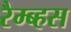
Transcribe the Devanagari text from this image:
रैम्ब्हस